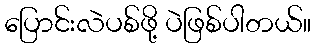
ပြောင်းလဲပစ်ဖို့ ပဲဖြစ်ပါတယ်။